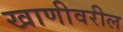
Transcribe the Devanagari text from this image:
खाणीवरील